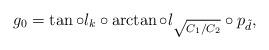
LaTeX: \begin{align*}g_0=\tan\circ l_k\circ\arctan\circ l_{\sqrt{C_1/C_2}}\circ p_{\tilde{d}},\end{align*}